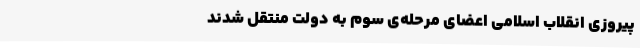
پیروزی‌ انقلاب‌ اسلامی‌ اعضای‌ مرحله‌ی‌ سوم‌ به‌ دولت‌ منتقل‌ شدند